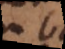
b